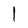
Character: l